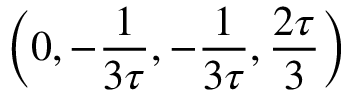
\left( 0 , - \frac { 1 } { 3 \tau } , - \frac { 1 } { 3 \tau } , \frac { 2 \tau } { 3 } \right)